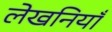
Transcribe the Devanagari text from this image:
लेखनियाँ